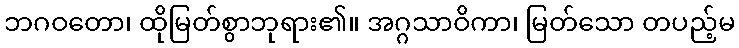
ဘဂဝတော၊ ထိုမြတ်စွာဘုရား၏။ အဂ္ဂသာဝိကာ၊ မြတ်သော တပည့်မ